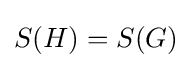
S(H)=S(G)